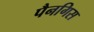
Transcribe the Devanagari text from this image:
पैनगिस